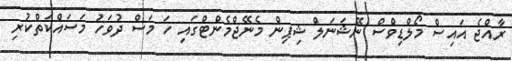
ރާއްޖެ އައިސް މޯލްޑިވްސް ނޭޝަނަލް ޝިޕިން މެނޭޖްމެންޓްގައި ހަ މަސް ދުވަހު މަސައްކަތްކުރި